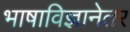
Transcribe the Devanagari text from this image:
भाषाविज्ञानेतर